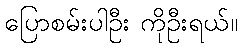
ပြောစမ်းပါဦး ကိုဦးရယ်။